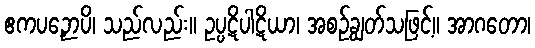
ဧကပဉှောပိ၊ သည်လည်း။ ဥပ္ပဋိပါဋိယာ၊ အစဉ်ချွတ်သဖြင့်။ အာဂတော၊